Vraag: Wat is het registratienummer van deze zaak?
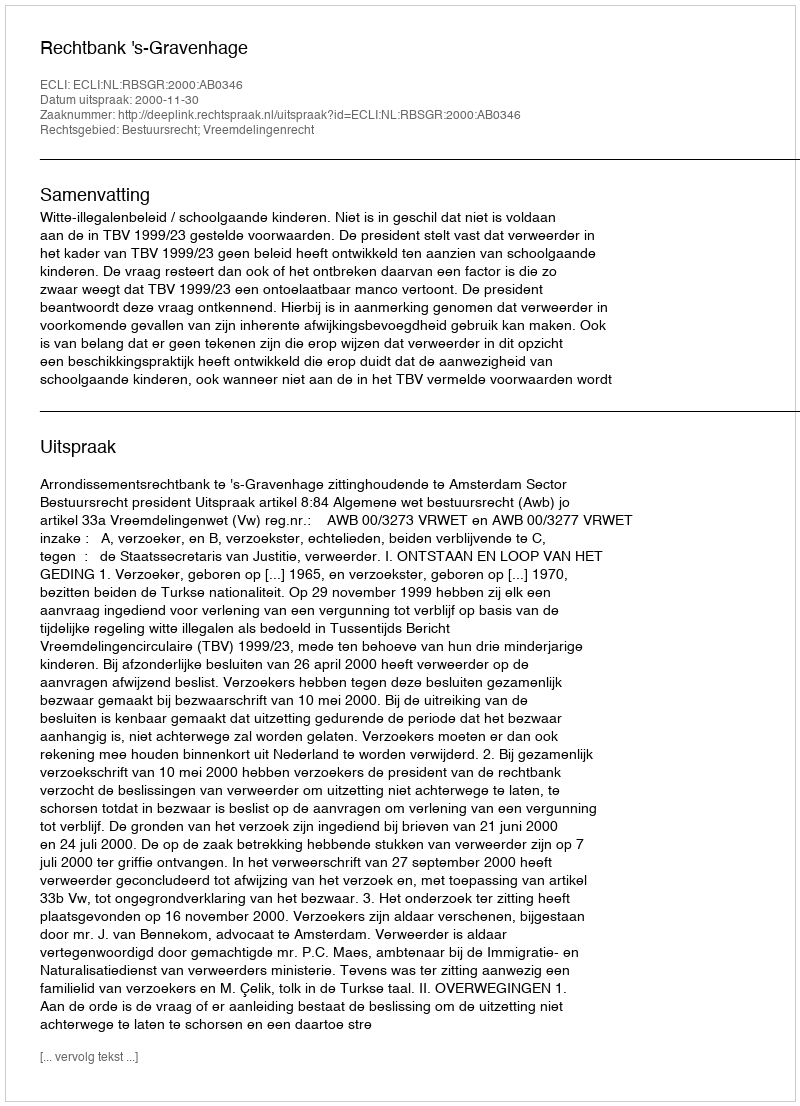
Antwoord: http://deeplink.rechtspraak.nl/uitspraak?id=ECLI:NL:RBSGR:2000:AB0346